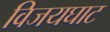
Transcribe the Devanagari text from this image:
विजयघाट